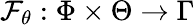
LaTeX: \mathcal{F}_{\theta}:\Phi\times\Theta\rightarrow\Gamma